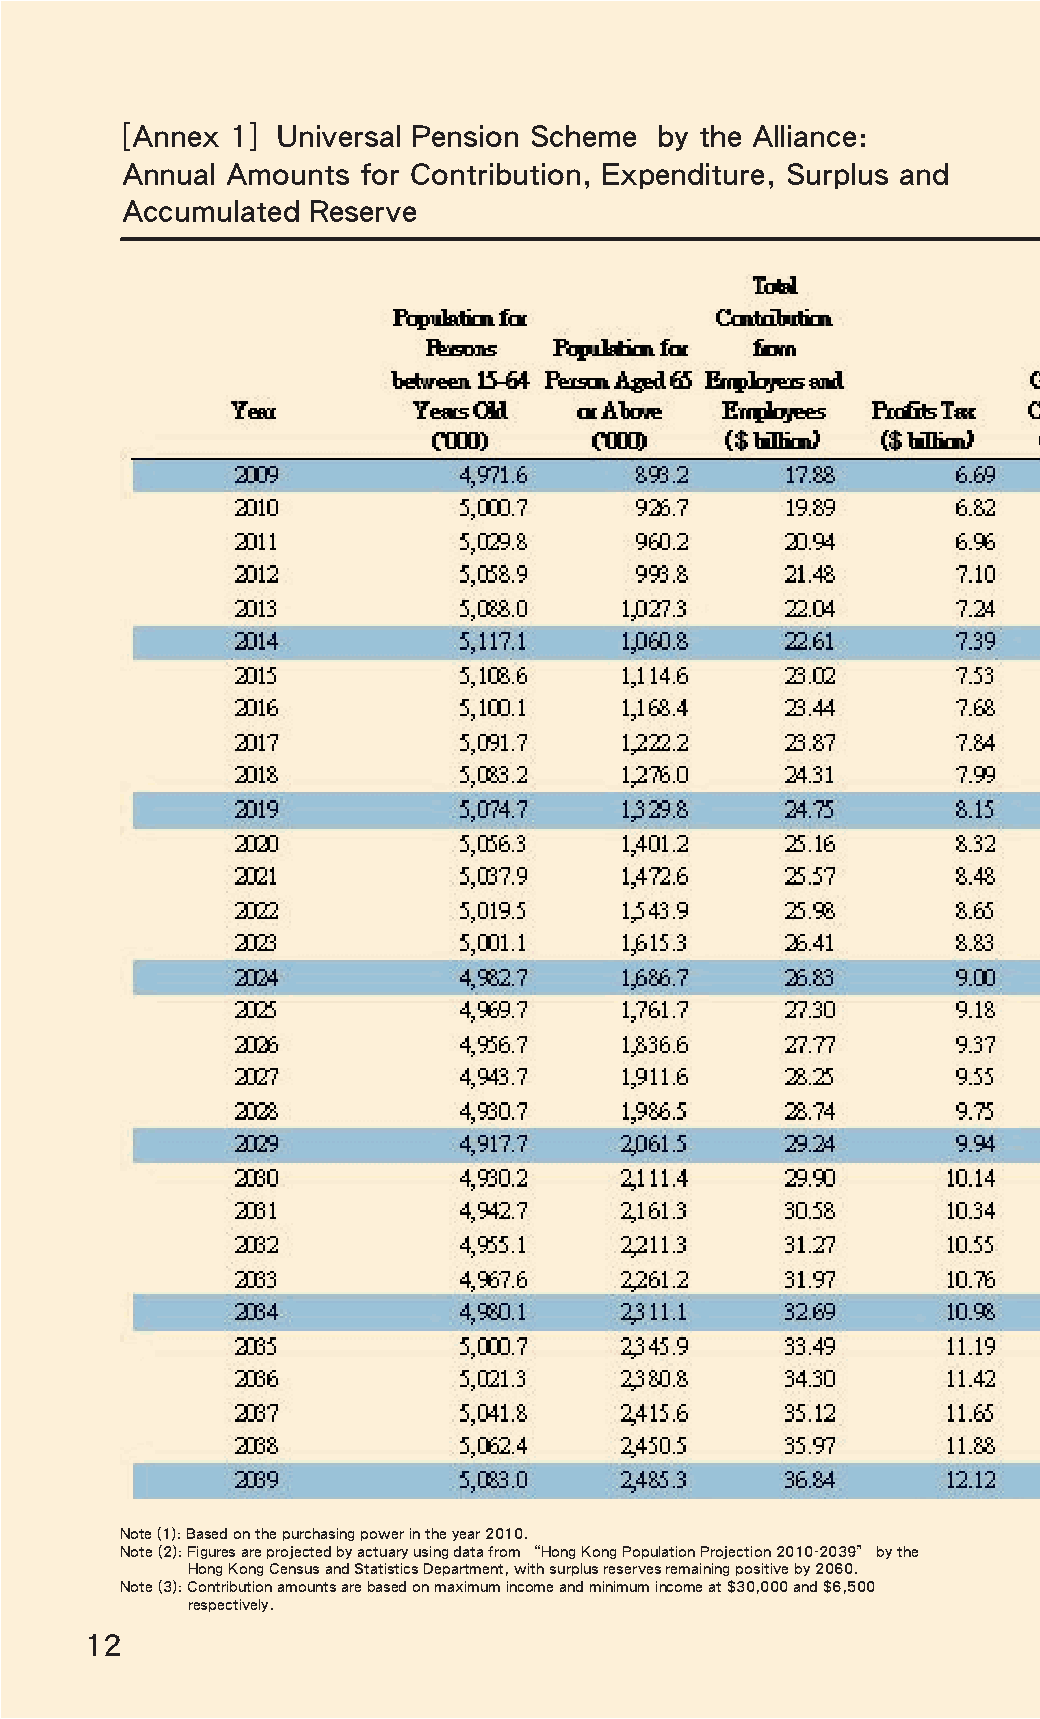
[Annex 1] Universal Pension Scheme by the Alliance:
 Annual Amounts  for Contribution, Expenditure, Surplus and
 Accumulated Reserve
 Note (1): Based on the purchasing power in the year 2010.
 Note (2): Figures are projected by actuary using data from “Hong Kong Population Projection 2010-2039” by the
 Hong Kong Census and Statistics Department, with surplus reserves remaining positive by 2060.
 Note (3): Contribution amounts are based on maximum income and minimum income at $30,000 and $6,500
 respectively.
 12